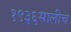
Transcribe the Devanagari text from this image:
१९३६सालीच